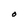
Character: O